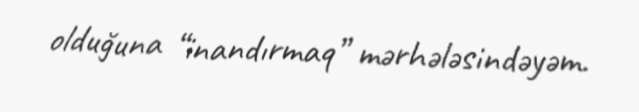
olduğuna “inandırmaq” mərhələsindəyəm.